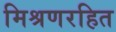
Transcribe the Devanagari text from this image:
मिश्रणरहित